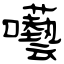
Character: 囈